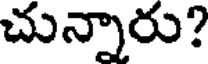
చున్నారు?